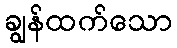
ချွန်ထက်သော